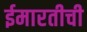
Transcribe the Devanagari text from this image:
ईमारतीची